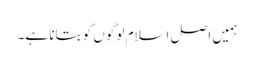
ہمیں اصل اسلام لوگوں کو بتانا ہے۔